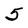
Character: 5